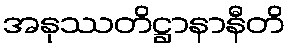
အနုဿတိဋ္ဌာနာနီတိ